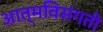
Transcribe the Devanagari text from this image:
आत्मविसंगती